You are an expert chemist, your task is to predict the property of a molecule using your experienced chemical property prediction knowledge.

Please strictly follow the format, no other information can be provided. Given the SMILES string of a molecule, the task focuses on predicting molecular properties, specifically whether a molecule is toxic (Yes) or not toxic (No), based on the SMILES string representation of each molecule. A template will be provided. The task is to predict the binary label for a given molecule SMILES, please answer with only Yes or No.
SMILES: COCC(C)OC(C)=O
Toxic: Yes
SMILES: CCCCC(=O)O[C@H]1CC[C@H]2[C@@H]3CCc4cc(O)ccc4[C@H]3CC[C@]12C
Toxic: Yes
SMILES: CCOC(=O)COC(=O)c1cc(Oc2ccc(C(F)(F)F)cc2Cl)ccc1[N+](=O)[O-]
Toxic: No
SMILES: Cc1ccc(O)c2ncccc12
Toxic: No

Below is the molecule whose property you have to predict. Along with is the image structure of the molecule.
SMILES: CC(=O)OCC(=O)[C@@]1(OC(C)=O)[C@@H](C)C[C@H]2[C@@H]3C[C@H](F)C4=CC(=O)C=C[C@]4(C)[C@@]3(F)[C@@H](O)C[C@@]21C
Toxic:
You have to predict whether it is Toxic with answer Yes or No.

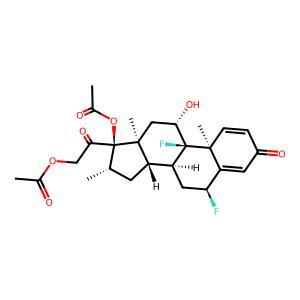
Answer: Yes